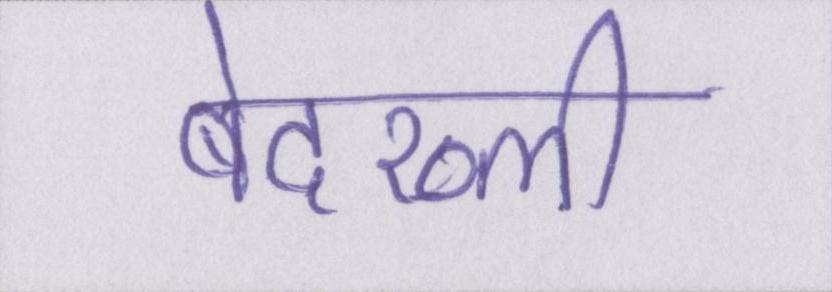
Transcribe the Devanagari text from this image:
बेदख्ली